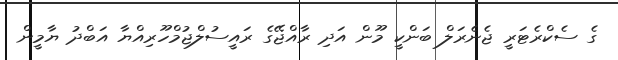
ގެ ސެކްރެޓަރީ ޖެނެރަލް ބަންކީ މޫން އަދި ރާއްޖޭގެ ރައީސުލްޖުމްހޫރިއްޔާ އަބްދު ޔާމީން